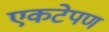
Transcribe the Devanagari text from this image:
एकटेपण